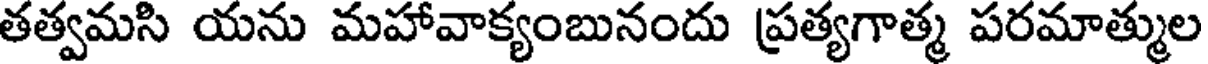
తత్వమసి యను మహావాక్యంబునందు ప్రత్యగాత్మ పరమాత్ముల